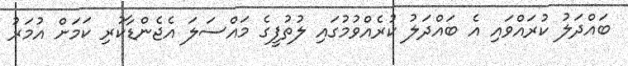
ބައްދަލު ކުރައްވައި އެ ބައްދަލު ކުރެއްވުމުގައި ލުތުފީގެ މައްސަލަ އެޖެންޑާކުރި ކަމަށް އުމަރު